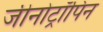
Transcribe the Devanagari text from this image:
जीनोट्रॉपिन